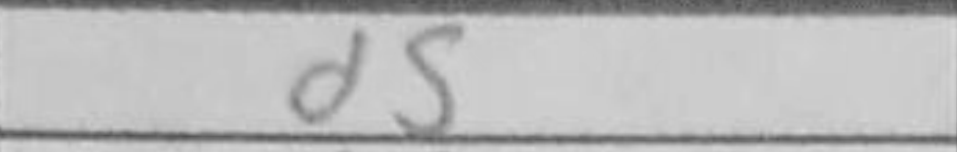
Transcription: d5